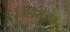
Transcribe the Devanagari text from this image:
प्लेसेत्स्क